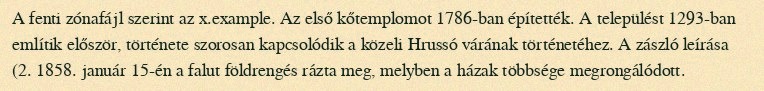
A fenti zónafájl szerint az x.example. Az első kőtemplomot 1786-ban építették. A települést 1293-ban említik először, története szorosan kapcsolódik a közeli Hrussó várának történetéhez. A zászló leírása (2. 1858. január 15-én a falut földrengés rázta meg, melyben a házak többsége megrongálódott.